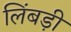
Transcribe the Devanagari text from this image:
लिंबड़ी